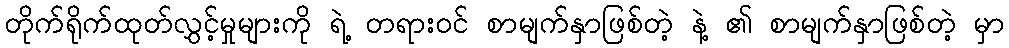
တိုက်ရိုက်ထုတ်လွှင့်မှုများကို ရဲ့ တရားဝင် စာမျက်နှာဖြစ်တဲ့ နဲ့ ၏ စာမျက်နှာဖြစ်တဲ့ မှာ